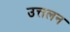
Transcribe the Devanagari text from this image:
उत्तलन